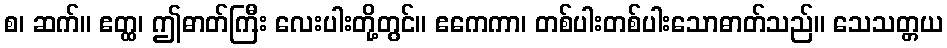
စ၊ ဆက်။ ဧတ္ထ၊ ဤဓာတ်ကြီး လေးပါးတို့တွင်။ ဧကေကာ၊ တစ်ပါးတစ်ပါးသောဓာတ်သည်။ သေသတ္တယ